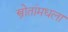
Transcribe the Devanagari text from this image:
स्त्रोतांमधला